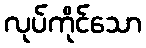
လုပ်ကိုင်သော